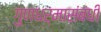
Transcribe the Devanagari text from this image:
गुणधर्मासंबंधी